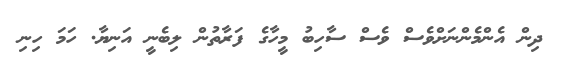
ދިން އެންމެންނަށްވެސް ވެސް ސާހިބު މީހާގެ ފަރާތުން ލިބެނީ އަނިޔާ. ހަމަ ހިނި